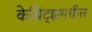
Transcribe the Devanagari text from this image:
केम्निट्झमधील